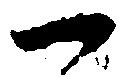
一